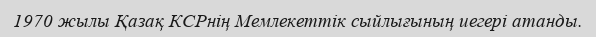
1970 жылы Қазақ КСРнің Мемлекеттік сыйлығының иегері атанды.